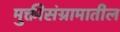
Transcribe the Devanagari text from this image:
मुक्तीसंग्रामातील